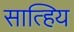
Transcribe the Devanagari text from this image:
सात्हिय